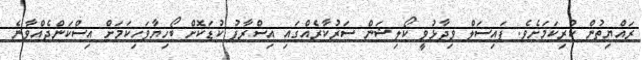
ރައްޔިތުން ކުރިކަމަށެވެ. ފައިސަލް ވިދާޅުވީ ކޯލިޝަން ސަރުކާރެއްގައި އިސްރާފު ކުޑަކޮށް ބޯހިޔާވަހިކަމަށް އިސްކަންދެއްވާނެ